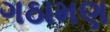
ગઠામણ